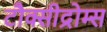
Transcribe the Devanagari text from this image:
टौक्सीद्रोम्स